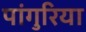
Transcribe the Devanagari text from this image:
पांगुरिया